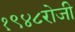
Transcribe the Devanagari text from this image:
१९४८रोजी